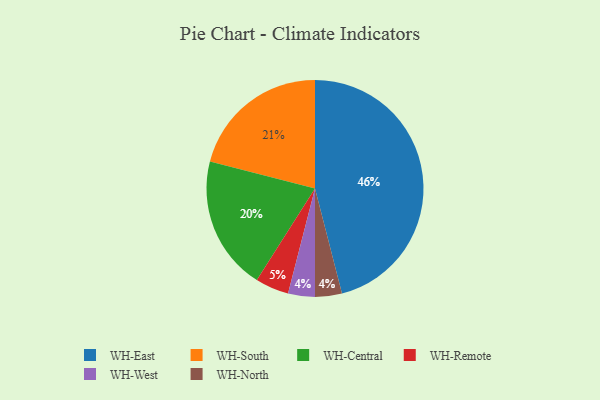
{"axis": {"x": "Category", "y": "Percentage"}, "legend": ["WH-Central", "WH-East", "WH-North", "WH-Remote", "WH-South", "WH-West"], "data": [{"x": "WH-Remote", "y": 5, "type": "WH-Remote"}, {"x": "WH-West", "y": 4, "type": "WH-West"}, {"x": "WH-Central", "y": 20, "type": "WH-Central"}, {"x": "WH-East", "y": 46, "type": "WH-East"}, {"x": "WH-North", "y": 4, "type": "WH-North"}, {"x": "WH-South", "y": 21, "type": "WH-South"}]}